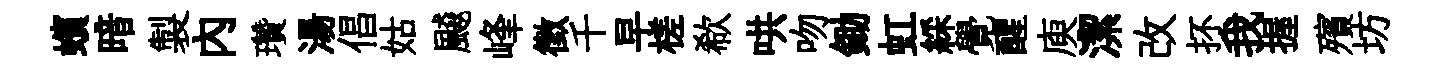
蠙暗製內瓚湯倡姑飇峰徵千早槎欷哄吻鋤虹綵覺醒庾潔改抔我握殯坊